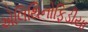
એલિથિનોફિડીયા